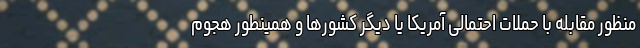
منظور مقابله با حملات احتمالی آمریکا یا دیگر کشورها و همینطور هجوم